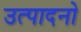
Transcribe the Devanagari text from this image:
उत्पादनो